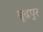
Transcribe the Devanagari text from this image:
बूढपुर